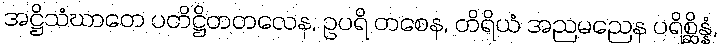
အဋ္ဌိသံဃာတေ ပတိဋ္ဌိတတလေန, ဥပရိ တစေန, တိရိယံ အညမညေန ပရိစ္ဆိန္နံ,